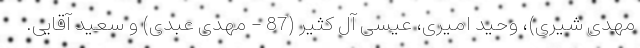
مهدی شیری)، وحید امیری، عیسی آل کثیر (87 - مهدی عبدی) و سعید آقایی.